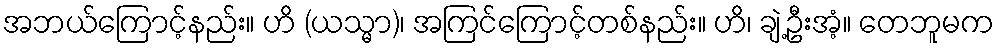
အဘယ်ကြောင့်နည်း။ ဟိ (ယသ္မာ)၊ အကြင်ကြောင့်တစ်နည်း။ ဟိ၊ ချဲ့ဦးအံ့။ တေဘူမက